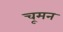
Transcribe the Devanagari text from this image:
चूमन